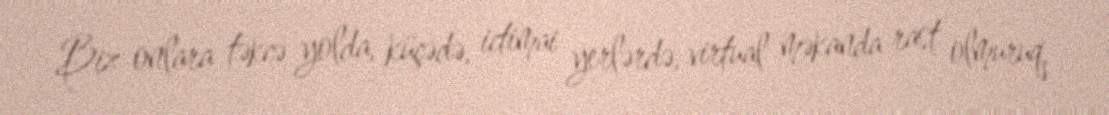
Biz onlara təkcə yolda, küçədə, ictimai yerlərdə, virtual məkanda rast olmuruq,